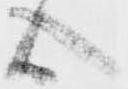
心